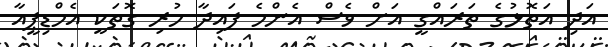
އަދި އަތޮޅުގެ ތަރައްގީ އަށް ވެސް އެންމެ ފައިދާ ހުރި ގޮތަކީ އެމްޑިޕީއާ